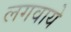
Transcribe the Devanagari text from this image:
लगवाये